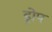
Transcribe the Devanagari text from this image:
ड्रोप